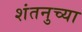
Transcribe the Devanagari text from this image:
शंतनुच्या